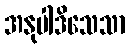
အနုပါဒိသေသာ